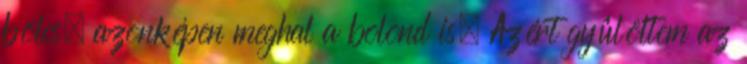
bölcs, azonképen meghal a bolond is. Azért gyûlöltem az